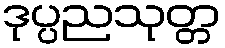
ဒုပ္ပညသုတ္တ